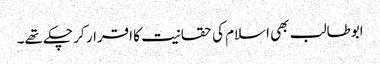
ابوطالب بھی اسلام کی حقانیت کا اقرار کر چکے تھے۔